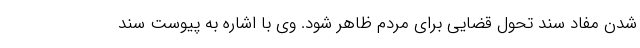
شدن مفاد سند تحول قضایی برای مردم ظاهر شود. وی با اشاره به پیوست سند